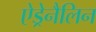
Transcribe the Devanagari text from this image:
ऐड्रेनैलिन